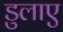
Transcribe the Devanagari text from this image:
डुलाए